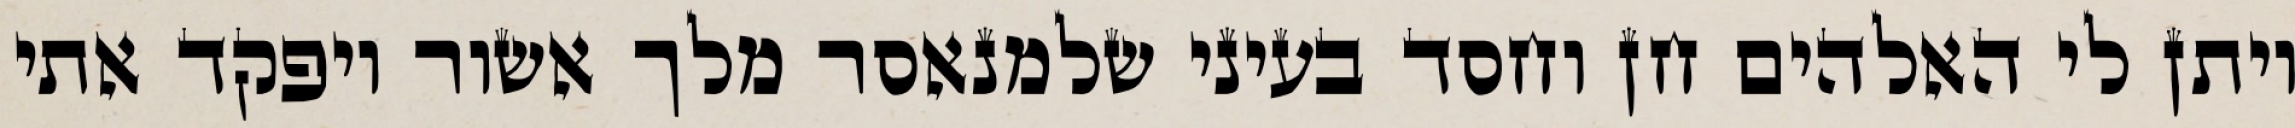
ויתן לי האלהים חן וחסד בעיני שלמנאסר מלך אשור ויפקד אתי